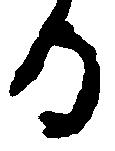
る